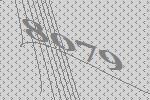
8079